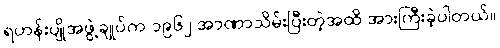
ရဟန်းပျိုအဖွဲ့ချုပ်က ၁၉၆၂ အာဏာသိမ်းပြီးတဲ့အထိ အားကြီးခဲ့ပါတယ်။